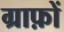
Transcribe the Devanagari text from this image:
ग्राफ़ों